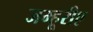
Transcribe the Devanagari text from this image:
जम्हूरीए